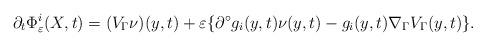
LaTeX: \begin{align*} \partial_t\Phi_\varepsilon^i(X,t) = (V_\Gamma\nu)(y,t)+\varepsilon\{\partial^\circ g_i(y,t)\nu(y,t)-g_i(y,t)\nabla_\Gamma V_\Gamma(y,t)\}. \end{align*}